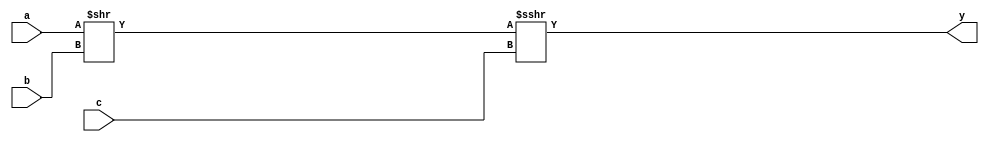
module test (a, b, c, y);
    localparam TIME_STEP = 0.011;
    input signed [3:0] a;
    input signed [1:0] b;
    input signed [1:0] c;
    output [5:0] y;
    assign #(TIME_STEP, TIME_STEP, TIME_STEP) y = (a >> b) >>> c;
endmodule